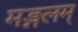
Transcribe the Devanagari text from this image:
मङ्गलम्